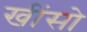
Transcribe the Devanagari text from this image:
खींसो